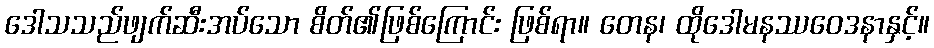
ဒေါသသည်ဖျက်ဆီးအပ်သော စိတ်၏ဖြစ်ကြောင်း ဖြစ်ရာ။ တေန၊ ထိုဒေါမနဿဝေဒနာနှင့်။